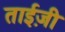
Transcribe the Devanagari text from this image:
ताईज़ी